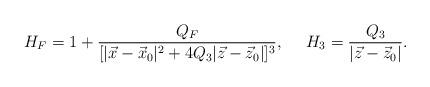
LaTeX: \begin{align*}H_F=1+{{Q_F}\over{[|\vec{x}-\vec{x}_0|^2+4Q_3|\vec{z}-\vec{z}_0|]^3}}, \ \ \ \ H_3={{Q_3}\over{|\vec{z}-\vec{z}_0|}}.\end{align*}